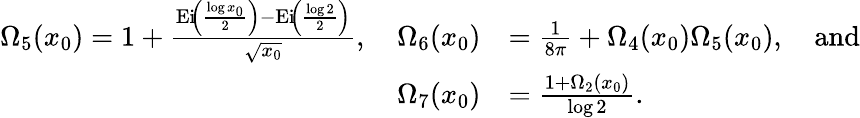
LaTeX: \begin{array}{rl}{\Omega_{5}(x_{0})=1+\frac{\operatorname{Ei}\! \left(\frac{\log{x_{0}}}{2}\right)-\operatorname{Ei}\! \left(\frac{\log{2}}{2}\right)}{\sqrt{x_{0}}},\quad\Omega_{6}(x_{0})}&{=\frac{1}{8\pi}+\Omega_{4}(x_{0})\Omega_{5}(x_{0}),\quad\mathrm{and}}\\ {\Omega_{7}(x_{0})}&{=\frac{1+\Omega_{2}(x_{0})}{\log{2}}.}\end{array}